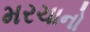
મરચાનો